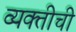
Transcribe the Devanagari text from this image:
व्‍यक्‍तीची